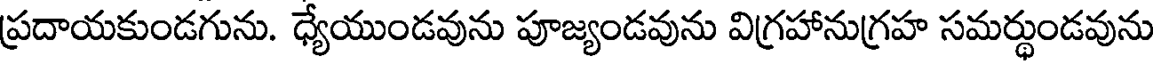
ప్రదాయకుండగును. ధ్యేయుండవును పూజ్యండవును విగ్రహానుగ్రహ సమర్థుండవును